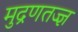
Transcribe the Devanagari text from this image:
मुद्रणतज्ज्ञ